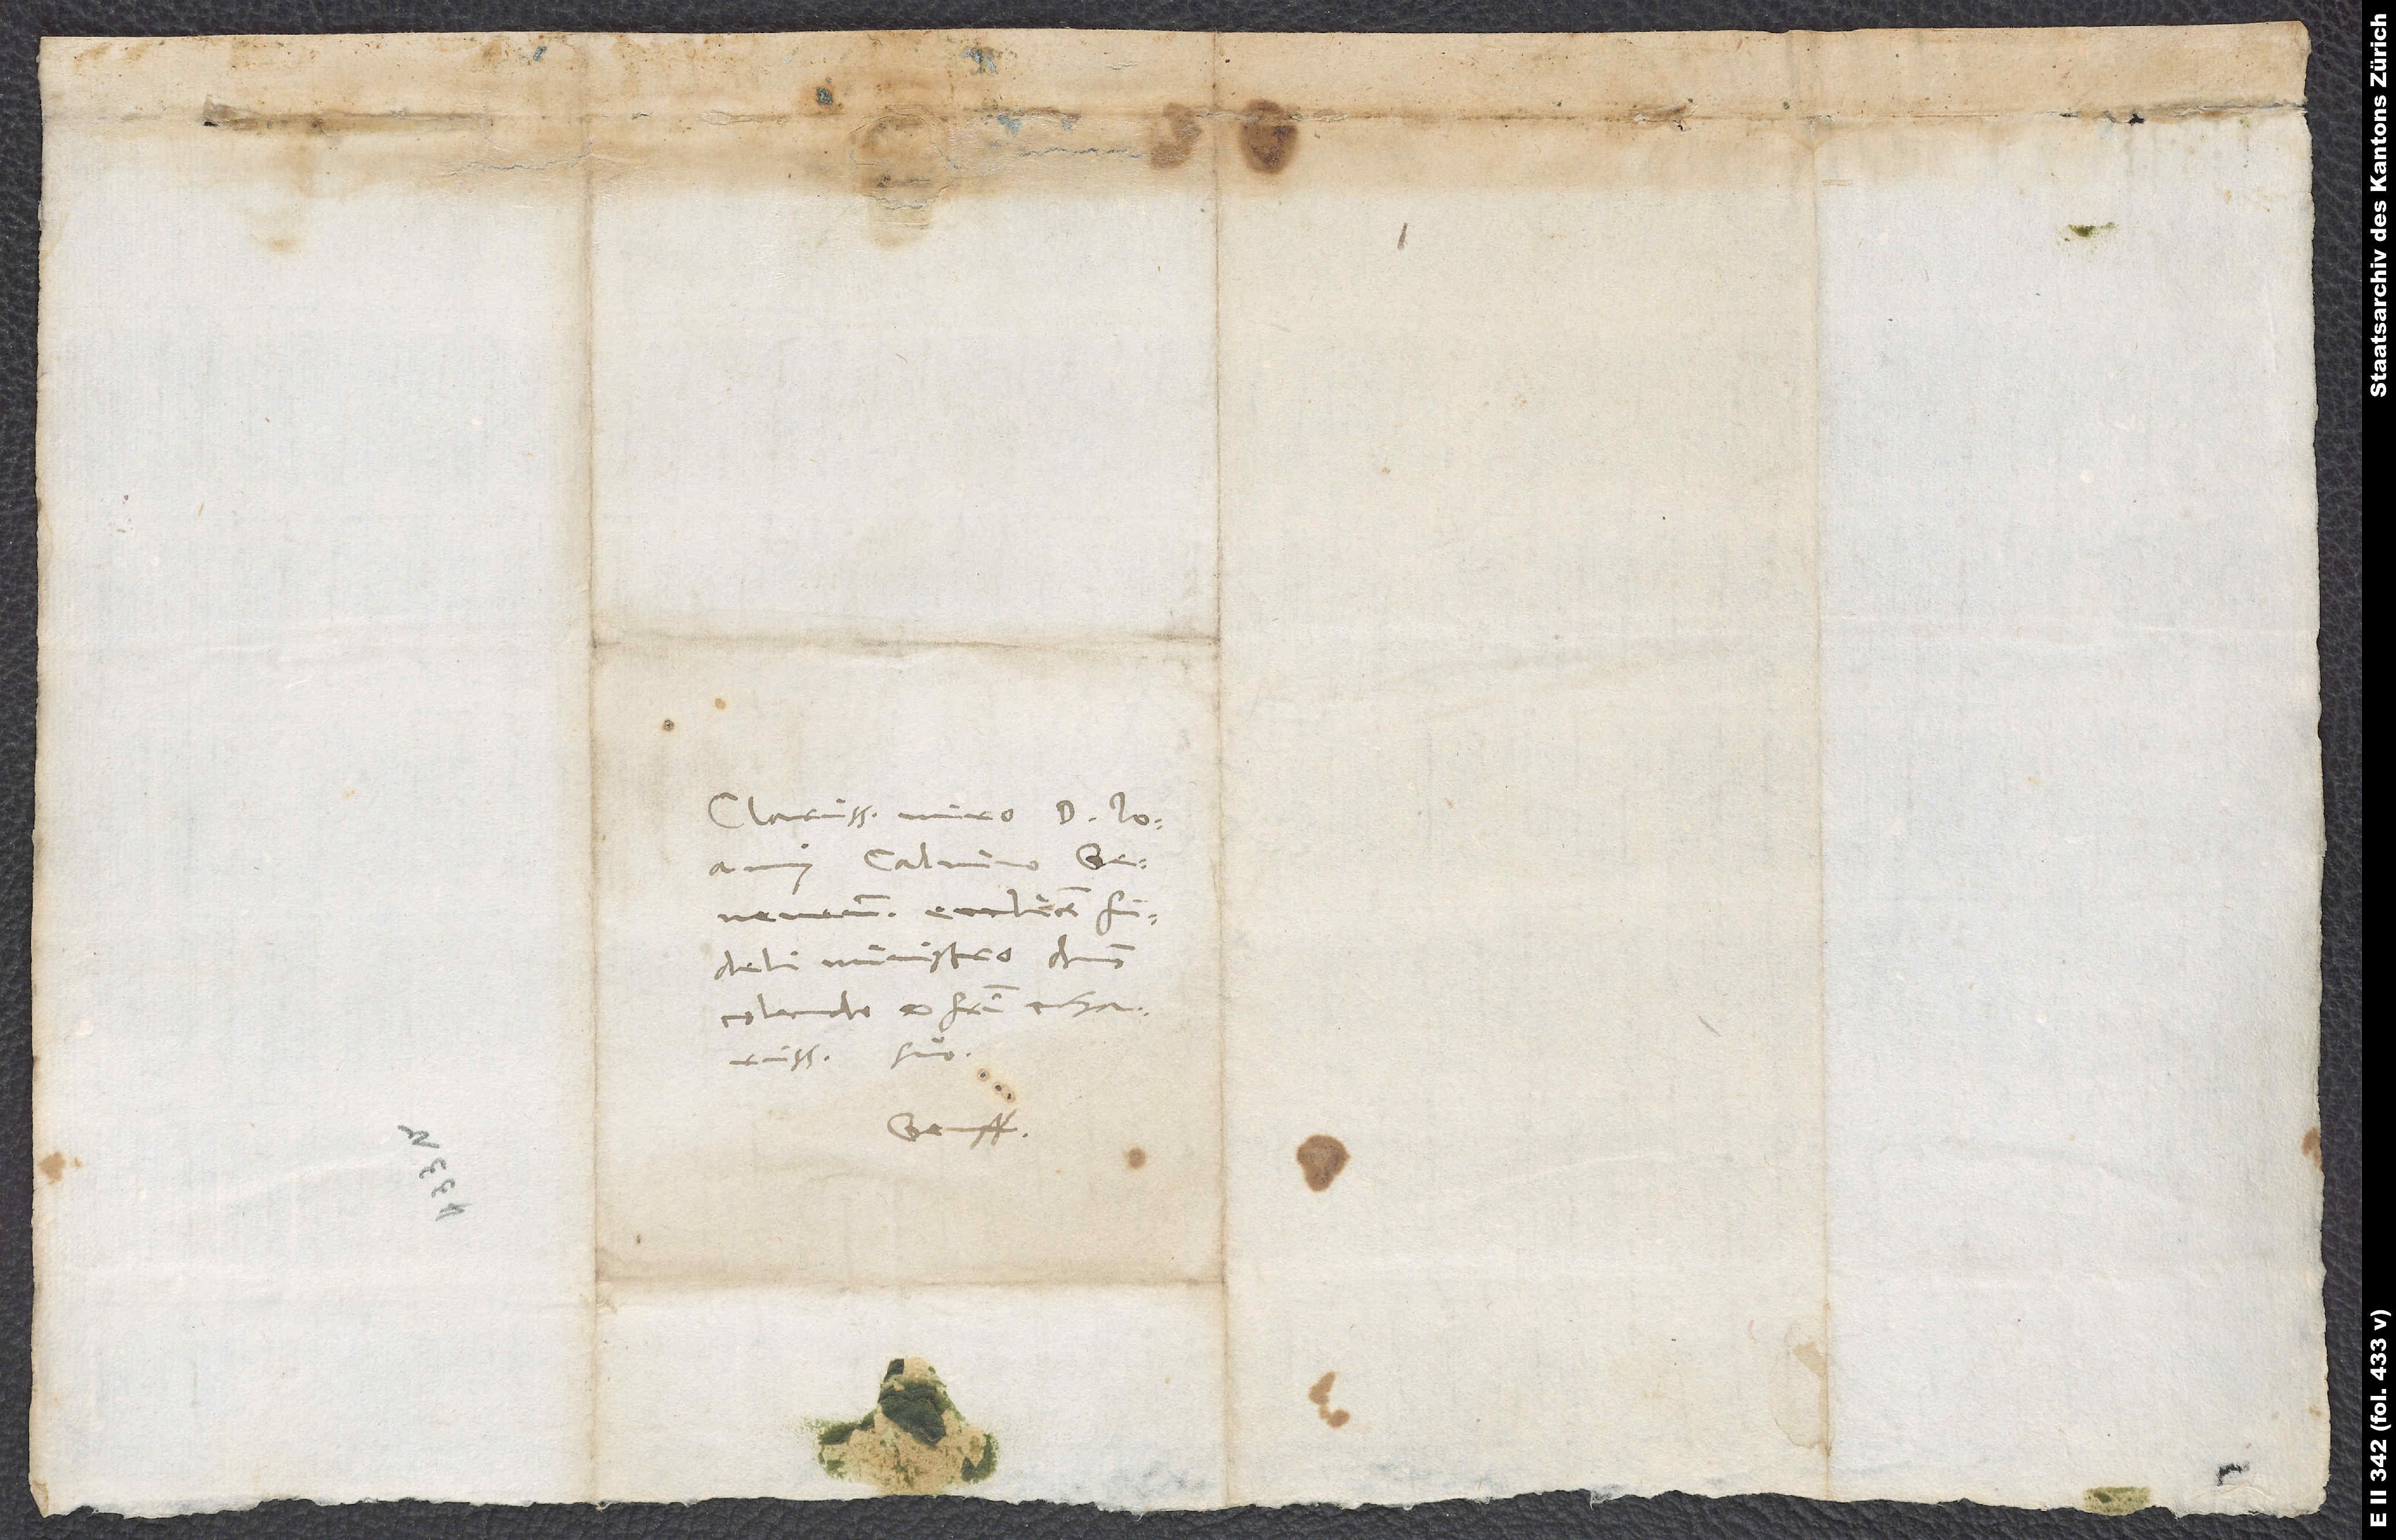
Clarissimo viro d. Ioanni
fideli ministro, domino
colendo et fratri charissimo
suo.
Genff.